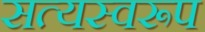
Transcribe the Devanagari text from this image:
सत्‍यस्‍वरूप